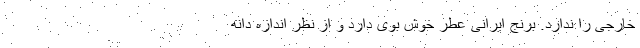
خارجی را ندارد. برنج ایرانی عطر خوش بوی دارد و از نظر اندازه دانه